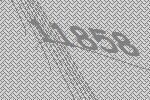
11858